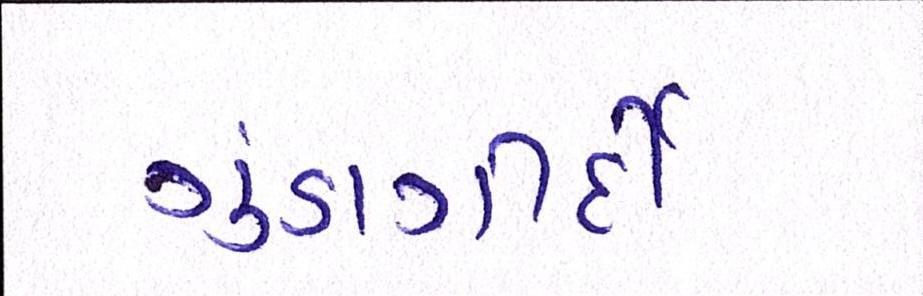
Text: ગુંડાગીર્દી